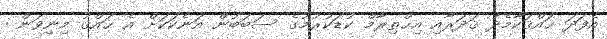
އެފަދަ ޙައްޤަކާމެދު ޤަދަރާއި އިޙްތިރާމް ކުޑަކުރުމުގެ ސަބަބުން އަނެކަކަށް އެ ޙައްޤު މިނިވަން